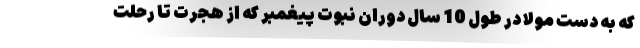
که به دست مولا در طول 10 سال دوران نبوت پیغمبر که از هجرت تا رحلت